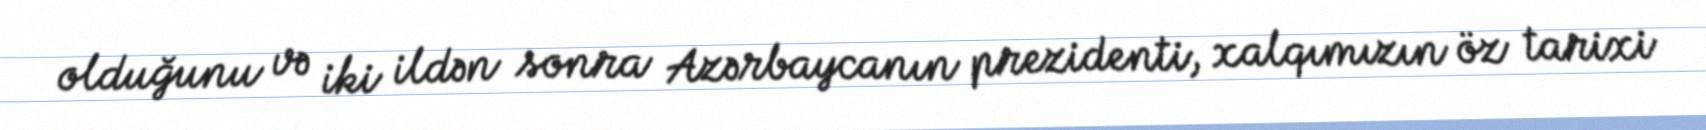
olduğunu və iki ildən sonra Azərbaycanın prezidenti, xalqımızın öz tarixi